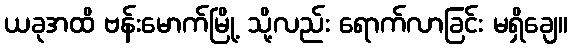
ယခုအထိ ဗန်းမောက်မြို့ သို့လည်း ရောက်လာခြင်း မရှိချေ။